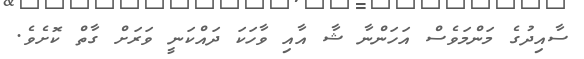
ސާއިދުގެ މަންމަވެސް އަހަންނާ ޝާ އާއި ވާހަކަ ދައްކަނީ ވަރަށް ގާތް ކޮށެވެ.